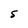
Character: S